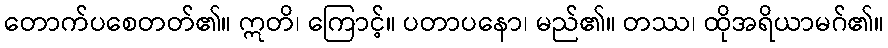
တောက်ပစေတတ်၏။ ဣတိ၊ ကြောင့်။ ပတာပနော၊ မည်၏။ တဿ၊ ထိုအရိယာမဂ်၏။